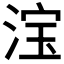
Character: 𣷂